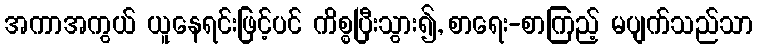
အကာအကွယ် ယူနေရင်းဖြင့်ပင် ကိစ္စပြီးသွား၍, စာရေး-စာကြည့် မပျက်သည်သာ